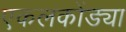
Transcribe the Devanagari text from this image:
एकलकोंड्या